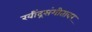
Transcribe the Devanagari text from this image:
रवींद्रसंगीतावर